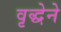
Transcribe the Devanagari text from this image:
वृद्धेने